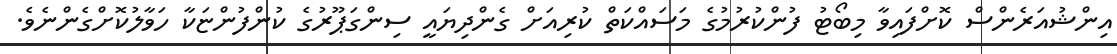
އިންޝުއަރެންސް ކޮށްފައިވާ މިބޯޓު ފުންކުރުމުގެ މަސައްކަތް ކުރިއަށް ގެންދިޔައީ ސިންގަޕޫރުގެ ކުންފުންޏަކާ ހަވާލުކޮށްގެންނެވެ.